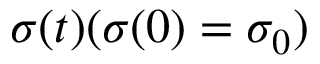
\sigma ( t ) ( \sigma ( 0 ) = \sigma _ { 0 } )